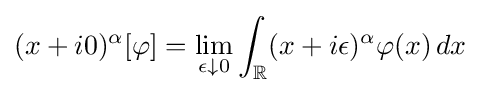
(x+i0)^{\alpha }[\varphi ]=\lim _{\epsilon \downarrow 0}\int _{\mathbb {R} }(x+i\epsilon )^{\alpha }\varphi (x)\,dx